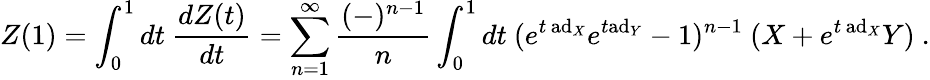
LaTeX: Z(1)=\int_{0}^{1}dt~{\frac{dZ(t)}{dt}}=\sum_{n=1}^{\infty}{\frac{(-)^{n-1}}{n}}\int_{0}^{1}dt~(e^{t\, \mathrm{ad}_{X}}e^{t\mathrm{ad}_{Y}}-1)^{n-1}~(X+e^{t\, \mathrm{ad}_{X}}Y)~.